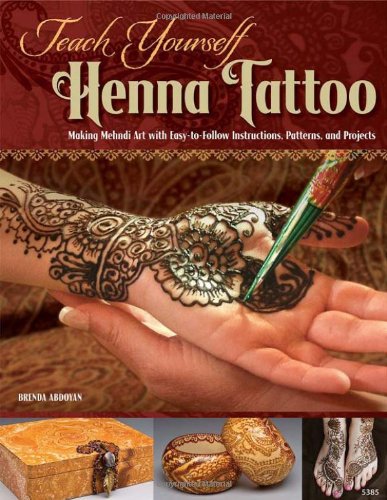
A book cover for Teach Yourself Henna Tattoo: Making Mehndi Art with Easy-to-Follow Instructions, Patterns, and Projects; Brenda Abdoyan; Arts & Photography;